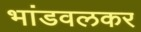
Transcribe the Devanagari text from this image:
भांडवलकर